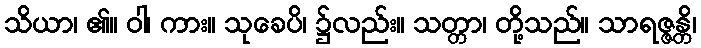
သိယာ၊ ၏။ ဝါ၊ ကား။ သုခေပိ၊ ၌လည်း။ သတ္တာ၊ တို့သည်။ သာရဇ္ဇန္တိ၊